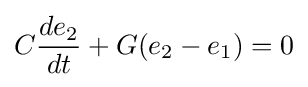
C{\frac {de_{2}}{dt}}+G(e_{2}-e_{1})=0